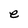
Character: e